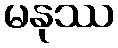
မနုဿ